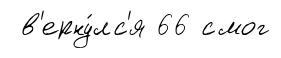
в'ерну́лс'я 66 смог